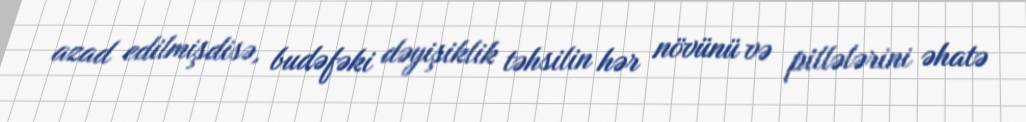
azad edilmişdisə, budəfəki dəyişiklik təhsilin hər növünü və pillələrini əhatə